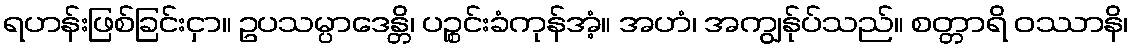
ရဟန်းဖြစ်ခြင်းငှာ။ ဥပသမ္ပာဒေန္တိ၊ ပဉ္စင်းခံကုန်အံ့။ အဟံ၊ အကျွန်ုပ်သည်။ စတ္တာရိ ဝဿာနိ၊